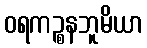
ဝရကဉ္စနဘူမိယာ